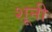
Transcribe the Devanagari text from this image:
शूनी